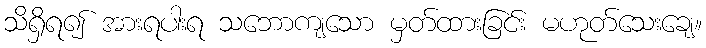
သိရှိရ၍ အားရပါးရ သဘောကျသော မှတ်ထားခြင်း မဟုတ်သေးချေ။